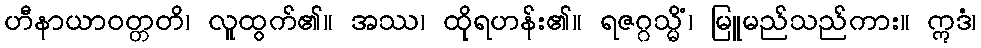
ဟီနာယာဝတ္တတိ၊ လူထွက်၏။ အဿ၊ ထိုရဟန်း၏။ ရဇဂ္ဂသ္မိံ၊ မြူမည်သည်ကား။ ဣဒံ၊